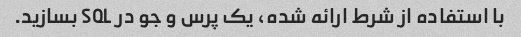
با استفاده از شرط ارائه شده، یک پرس و جو در SQL بسازید.